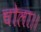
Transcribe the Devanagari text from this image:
चोला।।